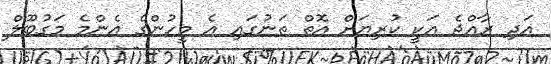
އަދި ރާއްޖެ އަކީ ކުރިޔަށް އޮތް ތަނުގައި އެ މީހުންގެ އެންމެ މަގުބޫލް